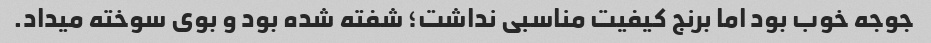
جوجه خوب بود اما برنج کیفیت مناسبی نداشت؛ شفته شده بود و بوی سوخته میداد.